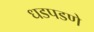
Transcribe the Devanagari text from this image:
धडपडणे